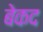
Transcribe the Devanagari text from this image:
बेकद